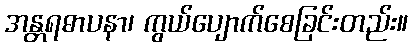
အန္တရဓာပနာ၊ ကွယ်ပျောက်စေခြင်းတည်း။